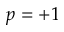
p = + 1